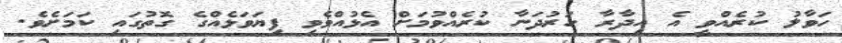
ހަވާލު ކުރެއްވީ އެ އިދާރާ ހަރުދަނާ ކުރެއްވުމަށް އެޅުއްވެވި ފިޔަވަޅެއްގެ ގޮތުގައި ކަމަށެވެ.